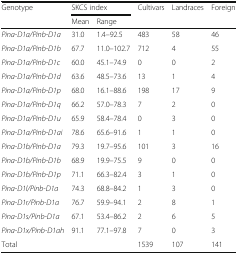
<table><thead><tr><td rowspan="2"><b>Genotype</b></td><td colspan="2"><b>SKCS index</b></td><td rowspan="2"><b>Cultivars</b></td><td rowspan="2"><b>Landraces</b></td><td rowspan="2"><b>Foreign</b></td></tr><tr><td><b>Mean</b></td><td><b>Range</b></td></tr></thead><tbody><tr><td><i>Pina-D1a/Pinb-D1a</i></td><td>31.0</td><td>1.4–92.5</td><td>483</td><td>58</td><td>46</td></tr><tr><td><i>Pina-D1a/Pinb-D1b</i></td><td>67.7</td><td>11.0–102.7</td><td>712</td><td>4</td><td>55</td></tr><tr><td><i>Pina-D1a/Pinb-D1c</i></td><td>60.0</td><td>45.1–74.9</td><td>0</td><td>0</td><td>2</td></tr><tr><td><i>Pina-D1a/Pinb-D1d</i></td><td>63.6</td><td>48.5–73.6</td><td>13</td><td>1</td><td>4</td></tr><tr><td><i>Pina-D1a/Pinb-D1p</i></td><td>68.0</td><td>16.1–88.6</td><td>198</td><td>17</td><td>9</td></tr><tr><td><i>Pina-D1a/Pinb-D1q</i></td><td>66.2</td><td>57.0–78.3</td><td>7</td><td>2</td><td>0</td></tr><tr><td><i>Pina-D1a/Pinb-D1u</i></td><td>65.9</td><td>58.4–78.4</td><td>0</td><td>3</td><td>0</td></tr><tr><td><i>Pina-D1a/Pinb-D1ai</i></td><td>78.6</td><td>65.6–91.6</td><td>1</td><td>1</td><td>0</td></tr><tr><td><i>Pina-D1b/Pinb-D1a</i></td><td>79.3</td><td>19.7–95.6</td><td>101</td><td>3</td><td>16</td></tr><tr><td><i>Pina-D1b/Pinb-D1b</i></td><td>68.9</td><td>19.9–75.5</td><td>9</td><td>0</td><td>0</td></tr><tr><td><i>Pina-D1b/Pinb-D1p</i></td><td>71.1</td><td>66.3–82.4</td><td>3</td><td>1</td><td>0</td></tr><tr><td><i>Pina-D1l/Pinb-D1a</i></td><td>74.3</td><td>68.8–84.2</td><td>1</td><td>3</td><td>0</td></tr><tr><td><i>Pina-D1r/Pinb-D1a</i></td><td>76.7</td><td>59.9–94.1</td><td>2</td><td>8</td><td>1</td></tr><tr><td><i>Pina-D1s/Pinb-D1a</i></td><td>67.1</td><td>53.4–86.2</td><td>2</td><td>6</td><td>5</td></tr><tr><td><i>Pina-D1x/Pinb-D1ah</i></td><td>91.1</td><td>77.1–97.8</td><td>7</td><td>0</td><td>3</td></tr><tr><td>Total</td><td></td><td></td><td>1539</td><td>107</td><td>141</td></tr></tbody></table>